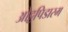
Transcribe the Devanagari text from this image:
ओट्टपिडारम